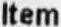
ITEM